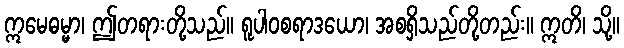
ဣမေဓမ္မာ၊ ဤတရားတို့သည်။ ရူပါဝစရာဒယော၊ အစရှိသည်တို့တည်း။ ဣတိ၊ သို့။